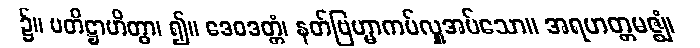
၌။ ပတိဋ္ဌာဟိတွာ၊ ၍။ ဒေဝဒတ္တံ၊ နတ်ဗြဟ္မာကပ်လှူအပ်သော။ အရဟတ္တမဇ္ဈံ၊